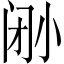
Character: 𫴼